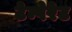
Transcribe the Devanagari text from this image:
टेम्पेरेट